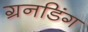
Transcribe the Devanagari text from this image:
ग्रनडिंग